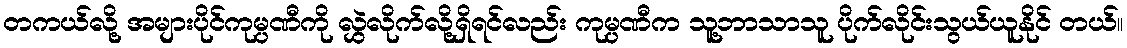
တကယ်လို့ အများပိုင်ကုမ္ပဏီကို လွှဲလိုက်လို့ရှိရင်လည်း ကုမ္ပဏီက သူ့ဘာသာသူ ပိုက်လိုင်းသွယ်ယူနိုင် တယ်။